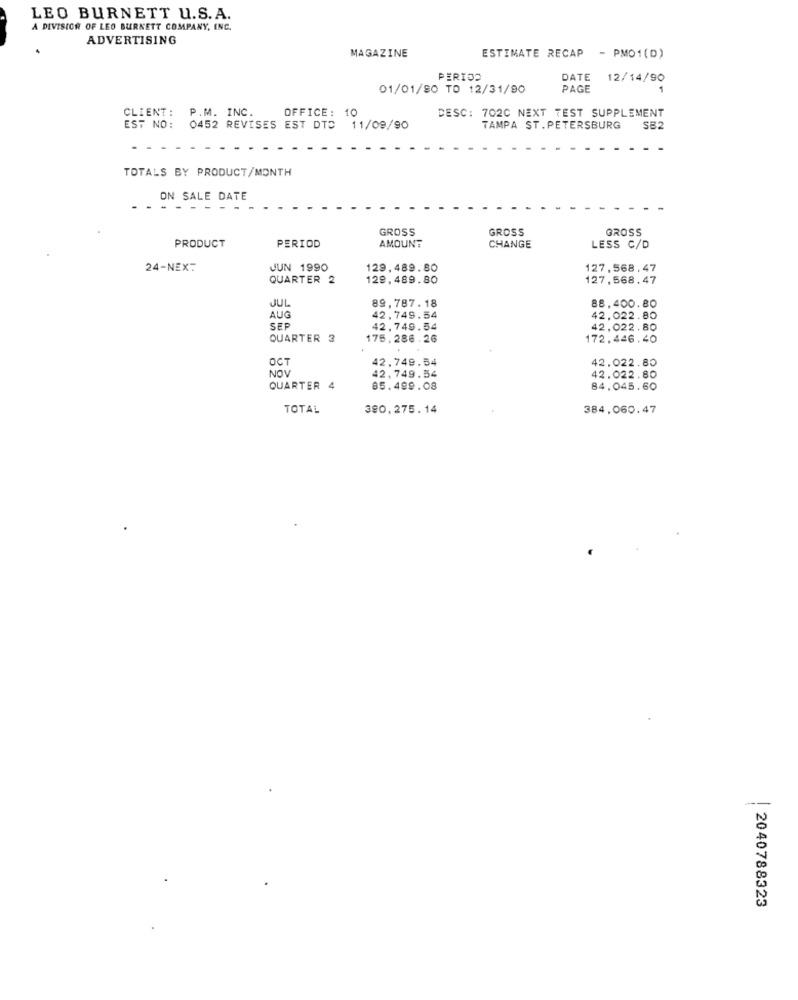
LEO BURNETT U.S. A.
A DIVISION OF LEO BURNETT COMPANY, INC.
ADVERTISING
MAGAZINE
ESTIMATE RECAP
- PMO1(D)
PERIOD
DATE
12/14/90
01/01/80 TO 12/31/90
PAGE
1
CLIENT: P.M. INC.
DESC: 702C NEXT TEST SUPPLEMENT
OFFICE: 10
EST NO:
0452 REVISES EST DTC
11/09/90
TAMPA ST.PETERSBURG
SB2
TOTALS BY PRODUCT/MONTH
ON SALE DATE
GROSS
GROSS
GROSS
AMOUNT
PRODUCT
PERIOD
CHANGE
LESS C/D
24-NEXT
JUN 1990
129,489.80
127,568.47
QUARTER 2
129,489.80
127,568.47
89.787.18
JUL
88,400.80
AUG
42,749.54
42.022.80
SEP
42,749.54
42.022.80
QUARTER 3
175.286.26
172.446.40
OCT
42,749.54
42.022.80
NOV
42,749.54
42.022.80
QUARTER 4
85.499.08
84,045.60
TOTAL
390.275.14
384,060.47
| 2040788323